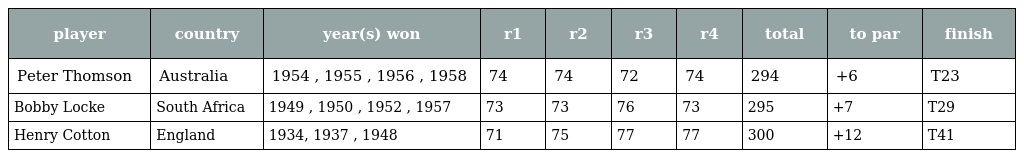
| player | country | year(s) won | r1 | r2 | r3 | r4 | total | to par | finish |
 | --- | --- | --- | --- | --- | --- | --- | --- | --- | --- |
 | Peter Thomson | Australia | 1954 , 1955 , 1956 , 1958 | 74 | 74 | 72 | 74 | 294 | +6 | T23 |
 | Bobby Locke | South Africa | 1949 , 1950 , 1952 , 1957 | 73 | 73 | 76 | 73 | 295 | +7 | T29 |
 | Henry Cotton | England | 1934, 1937 , 1948 | 71 | 75 | 77 | 77 | 300 | +12 | T41 |